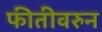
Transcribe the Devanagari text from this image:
फीतीवरुन